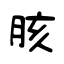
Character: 胲